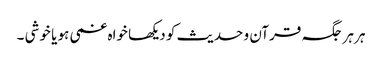
ہر ہر جگہ قرآن و حدیث کو دیکھا خواہ غمی ہو یا خوشی ۔